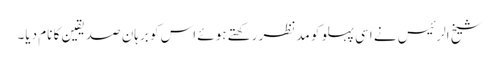
شیخ الرئیس نے اسی پہلو کو مدنظر رکھتے ہوئے اس کو برہانِ صدیقین کا نام دیا۔